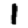
Digit: 1